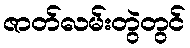
ဇာတ်လမ်းတွဲတွင်